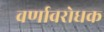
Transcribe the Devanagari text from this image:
वर्णावरोधक